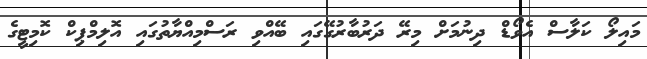
މައިލޯ ކަލާސް އެވޯޑް ދިނުމަށް މިރޭ ދަރުބާރުގޭގައި ބޭއްވި ރަސްމިއްޔާތުގައި އޮލިމްޕިކް ކޮމިޓީގެ